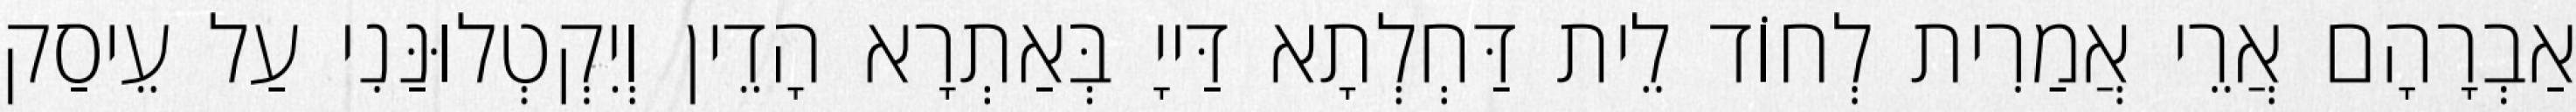
אַבְרָהָם אֲרֵי אֲמַרִית לְחוֹד לֵית דַּחְלְתָא דַּייָ בְּאַתְרָא הָדֵין וְיִקְטְלוּנַּנִי עַל עֵיסַק